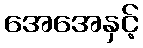
အေအေနှင့်